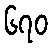
၆၇၀